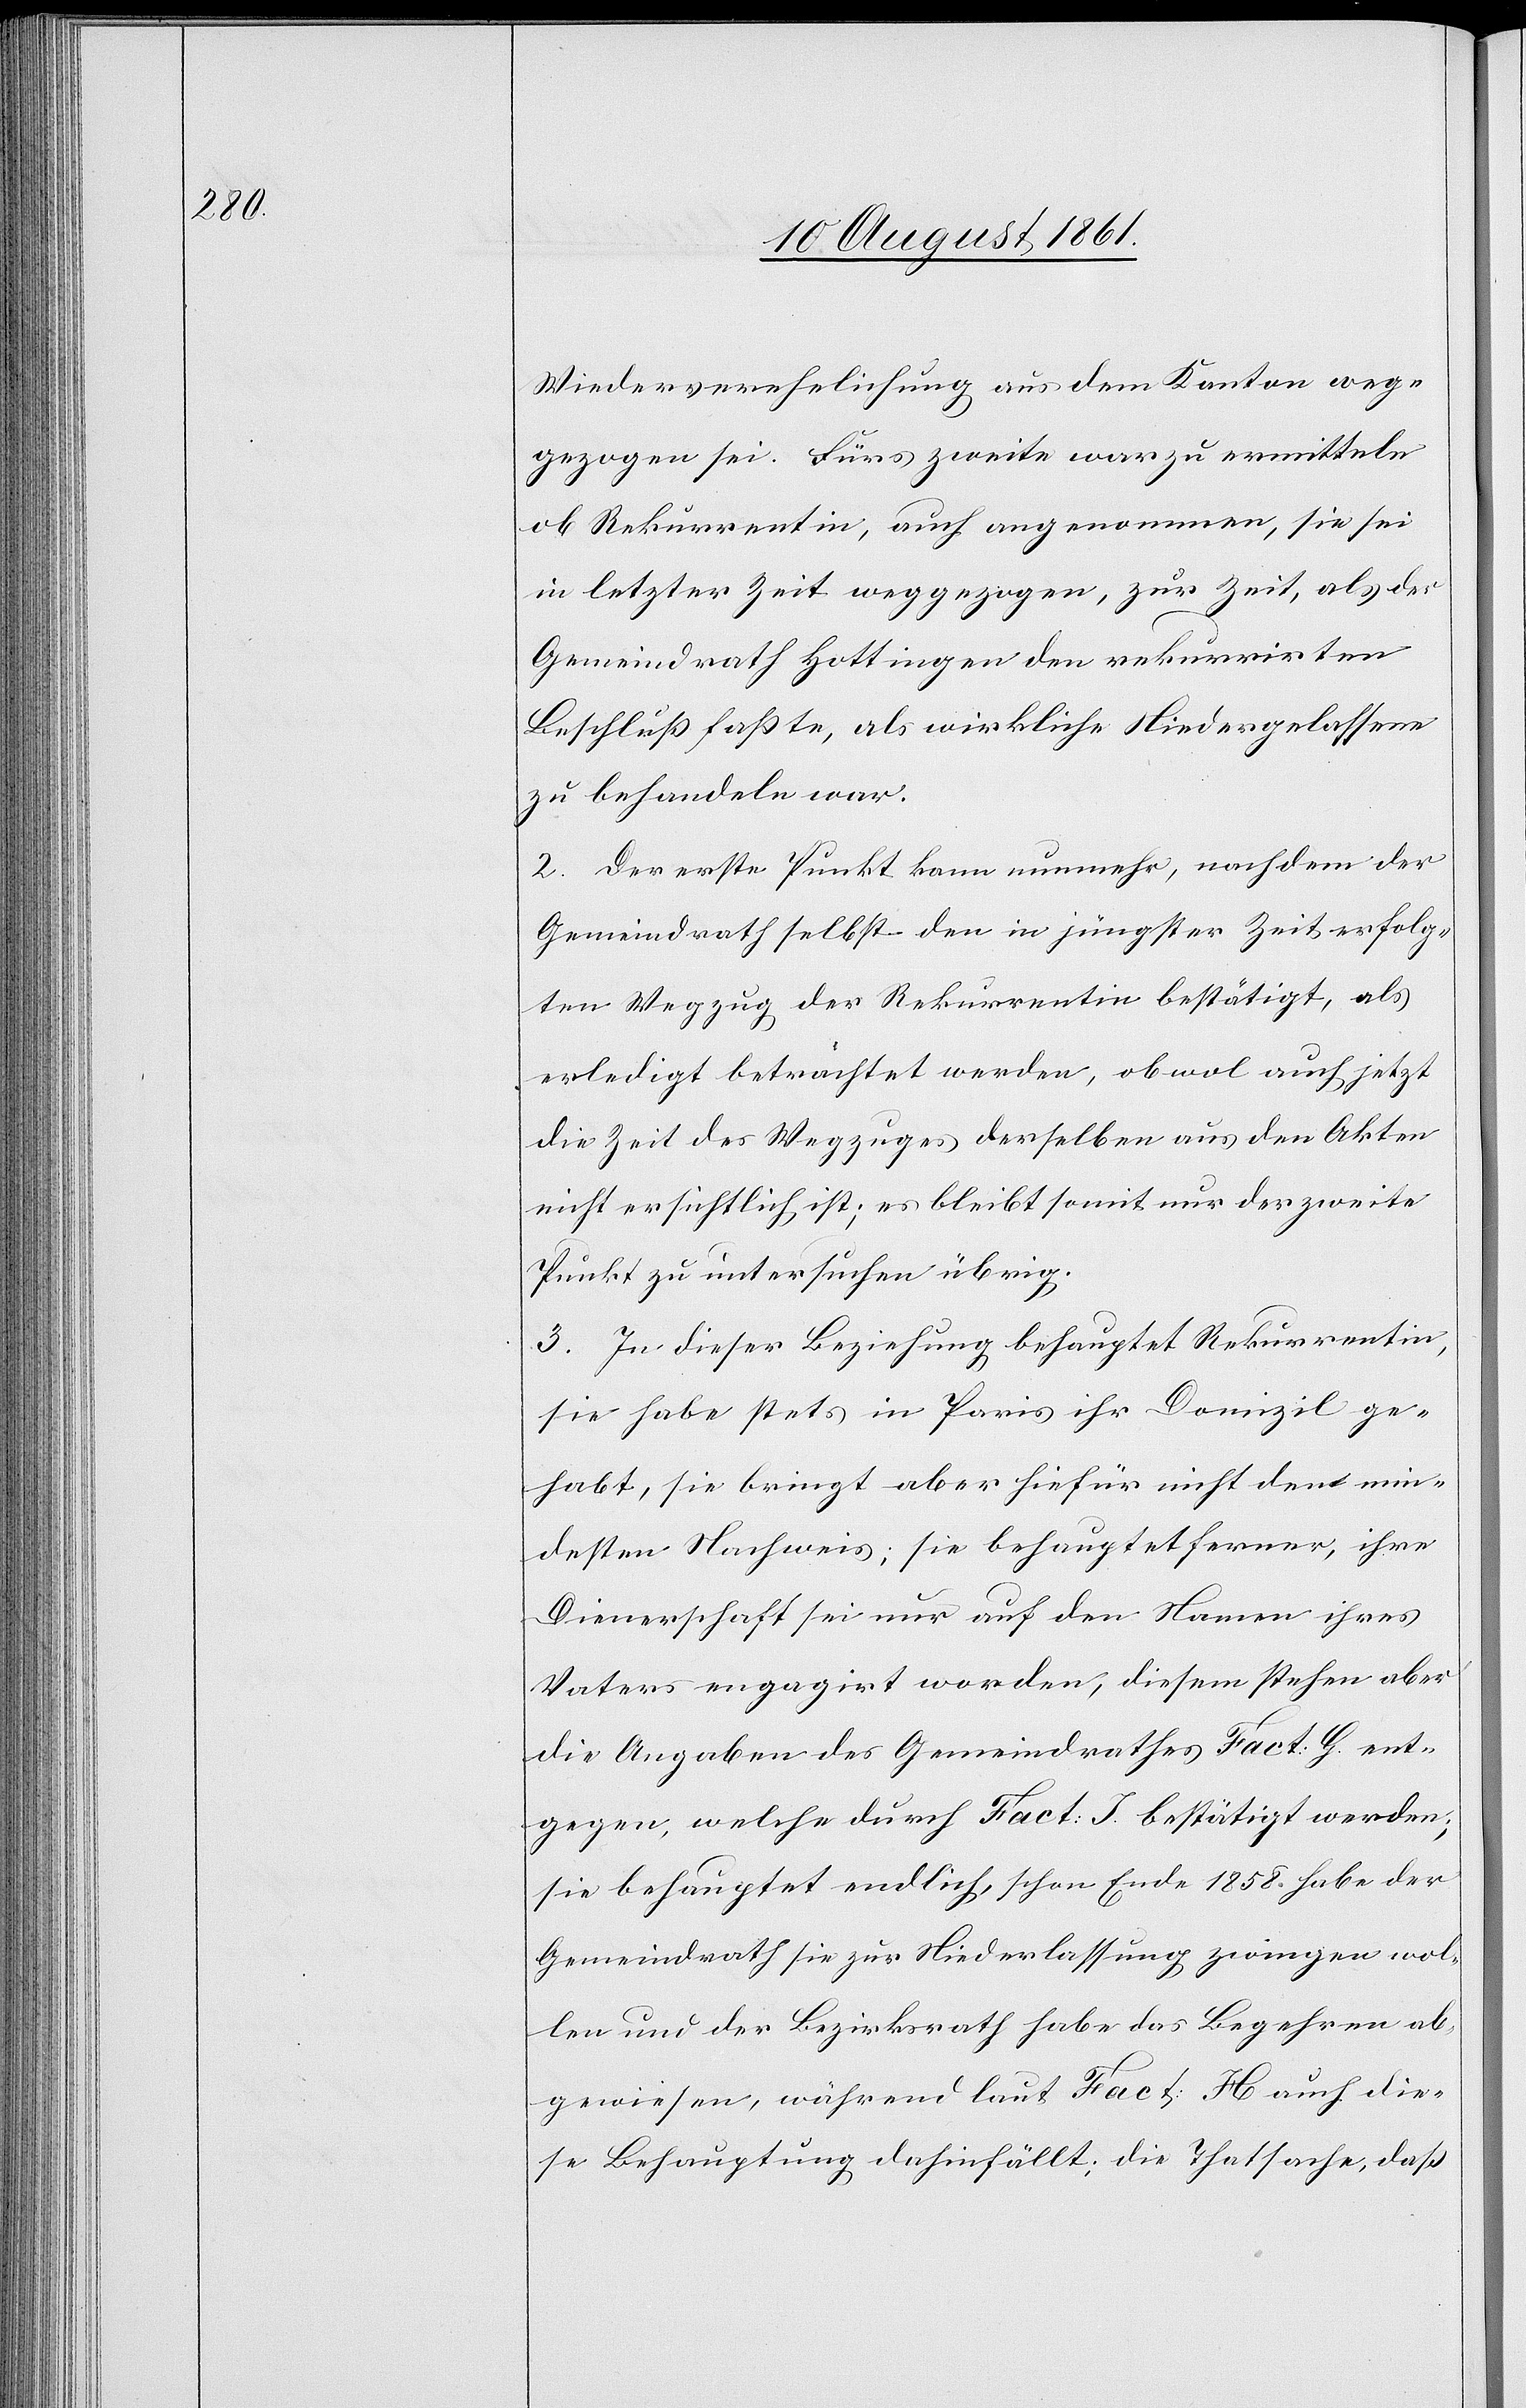
Wiederverehelichung aus dem Kanton weg¬
gezogen sei. Fürs zweite war zu ermitteln
ob Rekurrentin, auch angenommen, sie sei
in letzter Zeit weggezogen, zur Zeit, als der
Gemeindrath Hottingen den rekurrirten
Beschluß faßte, als wirkliche Niedergelassene
zu behandeln war.
2. Der erste Punkt kann nunmehr, nachdem der
Gemeindrath selbst den in jüngster Zeit erfolg¬
ten Wegzug der Rekurrentin bestätigt, als
erledigt betrachtet werden, obwol auch jetzt
die Zeit des Wegzuges derselben aus den Akten
nicht ersichtlich ist, es bleibt somit nur der zweite
Punkt zu untersuchen übrig;
3. In dieser Beziehung behauptet Rekurrentin,
sie habe stets in Paris ihr Domizil ge¬
habt, sie bringt aber hiefür nicht den min¬
destens Nachweis, sie behauptet ferner, ihre
Dienerschaft sei nur auf den Namen ihres
Vaters engagirt worden, diesem stehen aber
die Angaben des Gemeindrathes Fact: G. ent¬
gegen, welche durch Fact: J. bestätigt werden;
sie behauptet endlich, schon Ende 1858 habe der
Gemeindrath sie zur Niederlassung zwingen wol¬
len und der Bezirksrath habe das Begehren ab¬
gewiesen, während laut Fact H auch die¬
se Behauptung dahinfällt, die Thatsache, daß